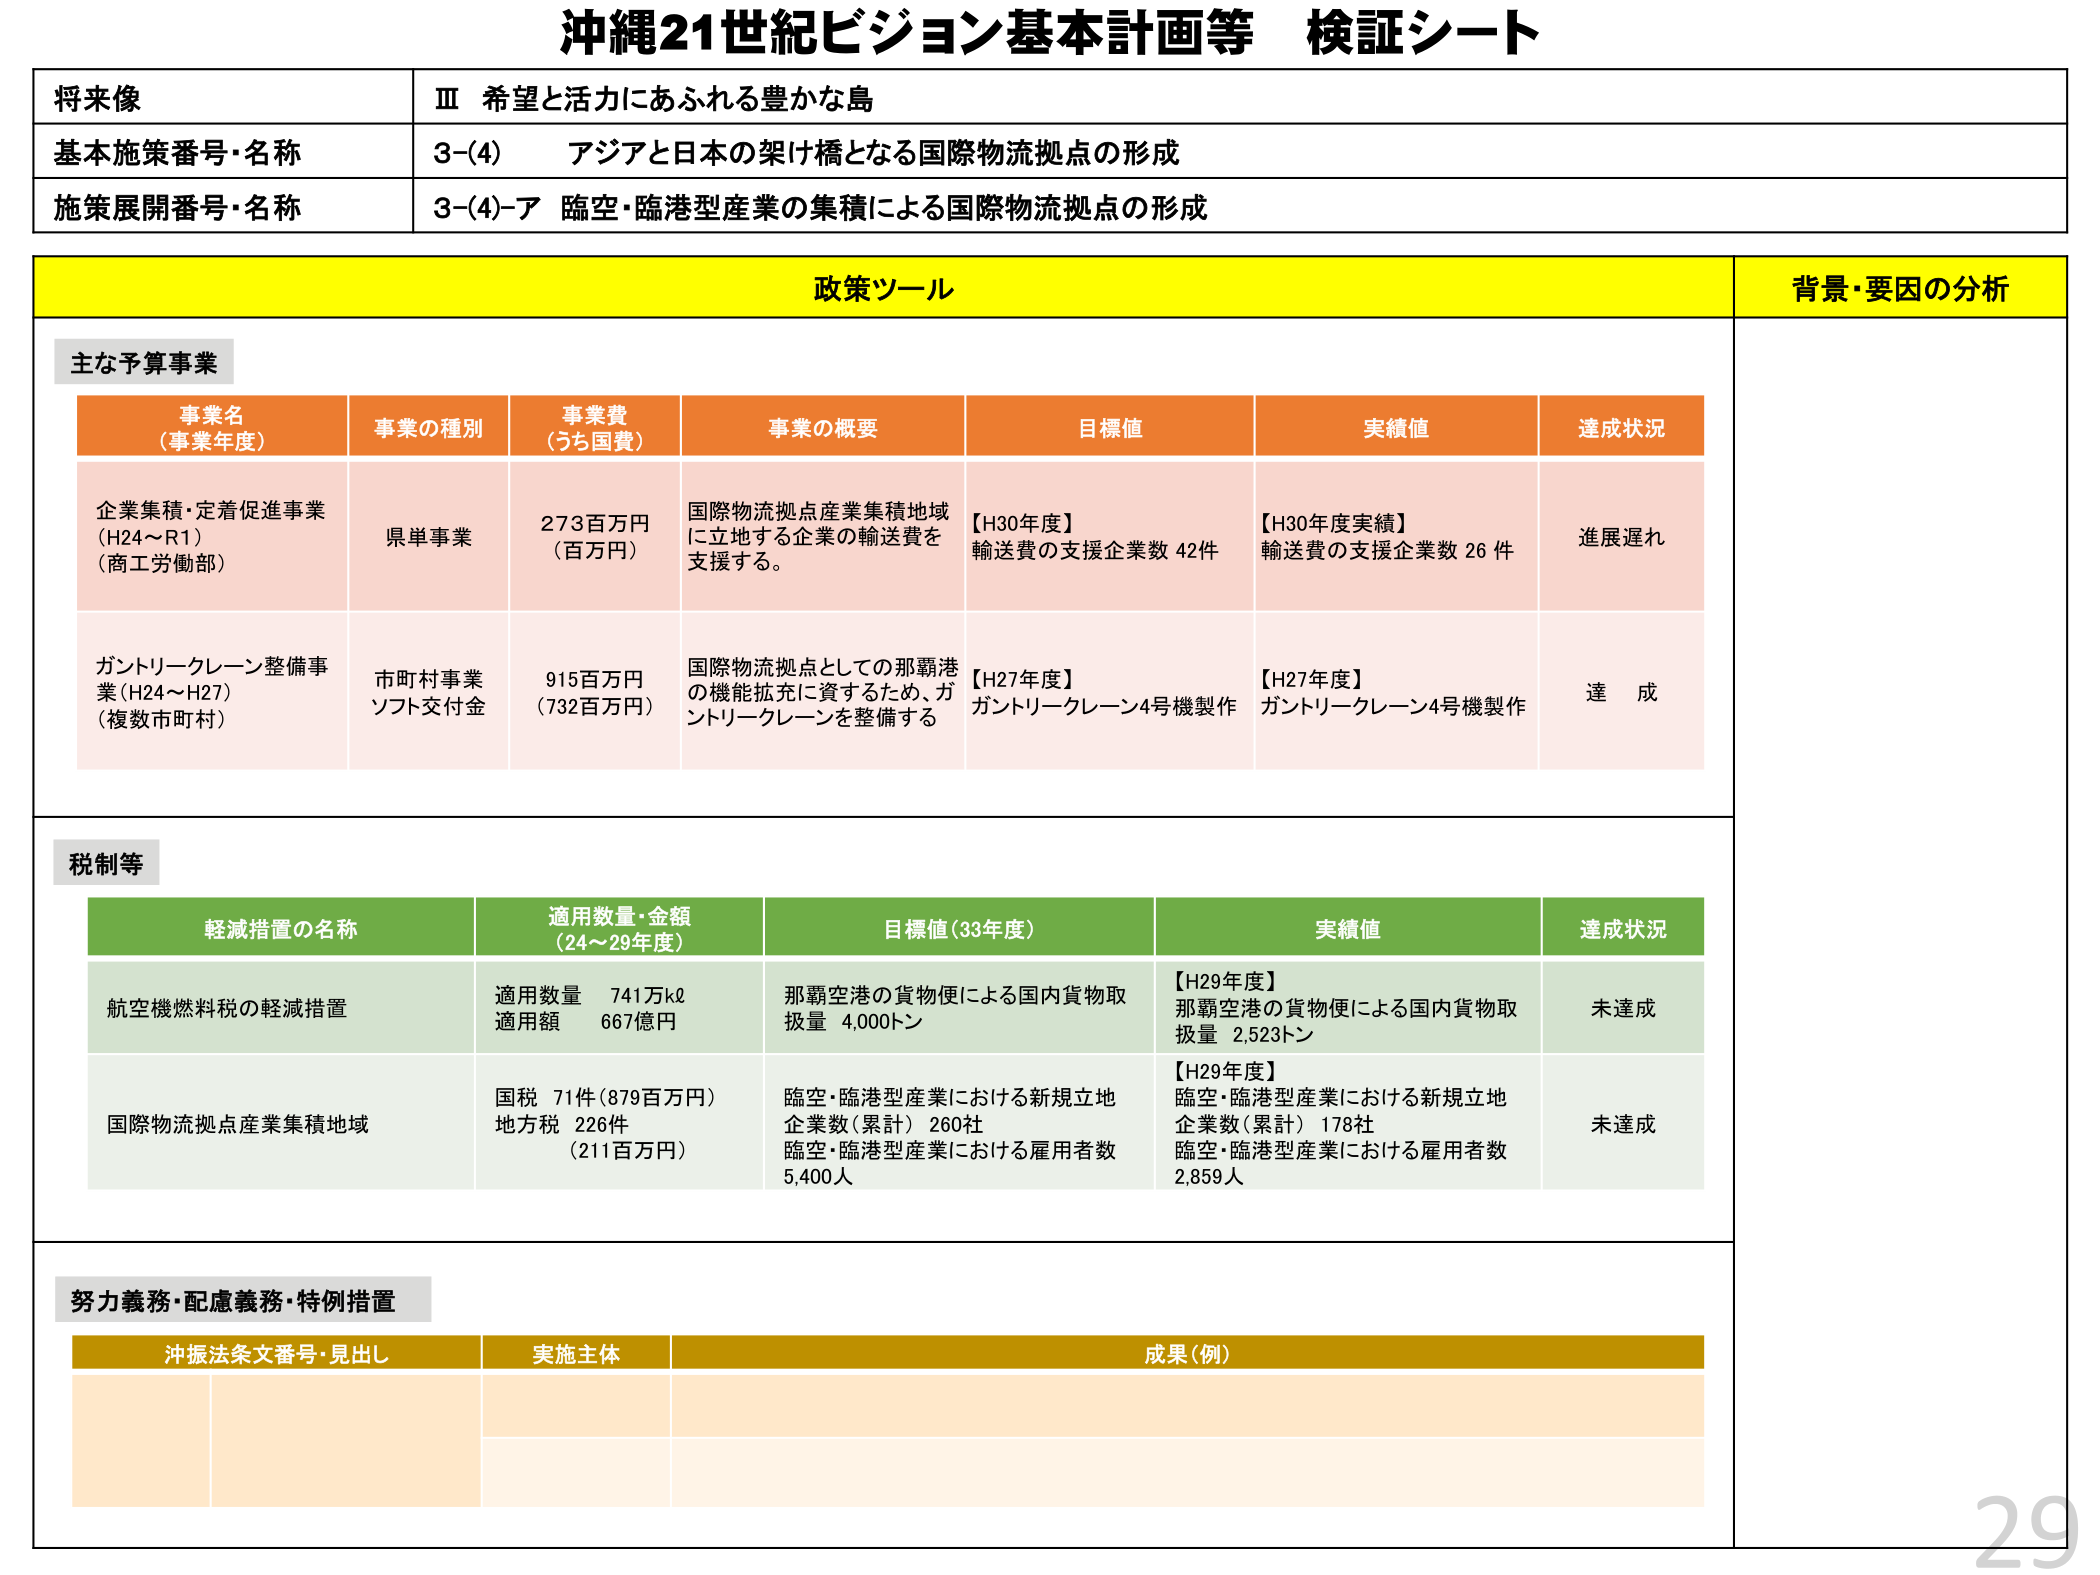
沖縄21世紀ビジョン基本計画等 検証シート

将来像
Ⅲ 希望と活力にあふれる豊かな島

基本施策番号・名称
3-(4) アジアと日本の架け橋となる国際物流拠点の形成

施策展開番号・名称
3-(4)-ア 臨空・臨港型産業の集積による国際物流拠点の形成

政策ツール
背景・要因の分析

主な予算事業

事業名（事業年度）
事業の種別
事業費（うち国費）
事業の概要
目標値
実績値
達成状況

企業集積・定着促進事業（H24～R1）（商工労働部）
県単事業
273百万円（百万円）
国際物流拠点産業集積地域に立地する企業の輸送費を支援する。
【H30年度】輸送費の支援企業数 42件
【H30年度実績】輸送費の支援企業数 26件
進展遅れ

ガントリークレーン整備事業（H24～H27）（複数市町村）
市町村事業ソフト交付金
915百万円（732百万円）
国際物流拠点としての那覇港の機能拡充に資するため、ガントリークレーンを整備する
【H27年度】ガントリークレーン4号機製作
【H27年度】ガントリークレーン4号機製作
達成

税制等

軽減措置の名称
適用数量・金額（24～29年度）
目標値（33年度）
実績値
達成状況

航空機燃料税の軽減措置
適用数量 741万kl
適用額 667億円
那覇空港の貨物便による国内貨物取扱量 4,000トン
【H29年度】那覇空港の貨物便による国内貨物取扱量 2,523トン
未達成

国際物流拠点産業集積地域
国税 71件（879百万円）
地方税 226件（211百万円）
臨空・臨港型産業における新規立地企業数（累計）260社
臨空・臨港型産業における雇用者数 5,400人
【H29年度】臨空・臨港型産業における新規立地企業数（累計）178社
臨空・臨港型産業における雇用者数 2,859人
未達成

努力義務・配慮義務・特例措置

沖振法条文番号・見出し
実施主体
成果（例）

29